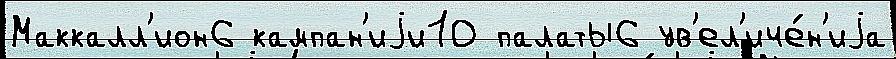
Маккалл'ион6 кампан'иjи10 палаты6 ув'ел'иче́н'иjа